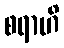
စရာဟိ